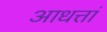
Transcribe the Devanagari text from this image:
आधत्तां